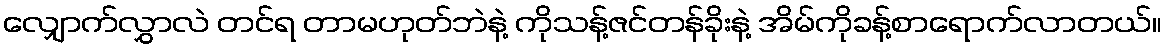
လျှောက်လွှာလဲ တင်ရ တာမဟုတ်ဘဲနဲ့ ကိုသန့်ဇင်တန်ခိုးနဲ့ အိမ်ကိုခန့်စာရောက်လာတယ်။